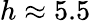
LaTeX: h\approx 5.5